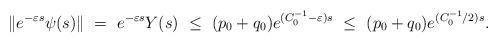
LaTeX: \begin{align*}\|e^{-\varepsilon s}\psi(s)\| \ = \ e^{-\varepsilon s}Y(s) \ \leq \ (p_0 + q_0)e^{(C_0^{-1}-\varepsilon) s}\ \leq \ (p_0 + q_0)e^{(C_0^{-1}/2) s}.\end{align*}